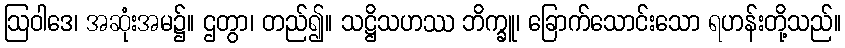
ဩဝါဒေ၊ အဆုံးအမ၌။ ဌတွာ၊ တည်၍။ သဋ္ဌိသဟဿ ဘိက္ခူ၊ ခြောက်သောင်းသော ရဟန်းတို့သည်။